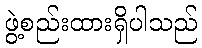
ဖွဲ့စည်းထားရှိပါသည်